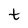
Character: t